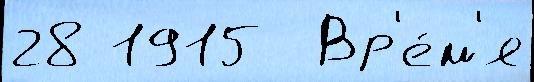
28 1915  Вр'е́м'я